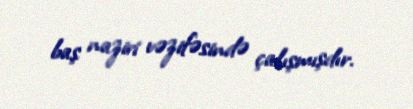
baş naziri vəzifəsində çalışmışdır.